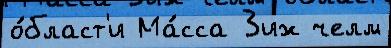
о́бласт'и Ма́сса 3иж челм